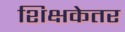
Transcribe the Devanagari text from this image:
शिक्षकेतर